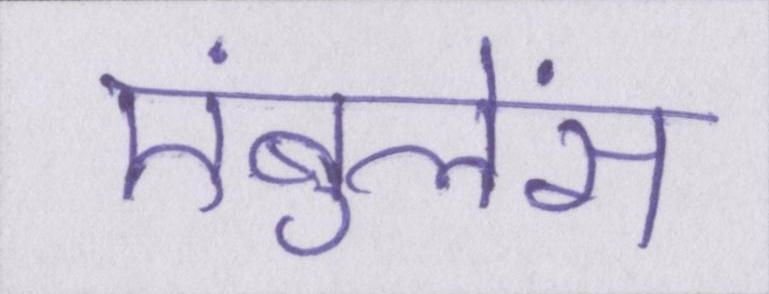
एंबुलेंस